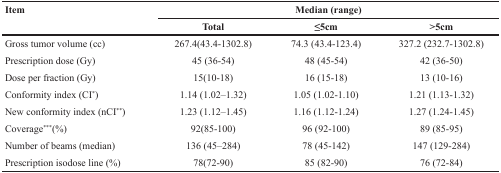
| Item | <COLSPAN=3> Median (range) |
 |  | Total | ≤5cm | >5cm |
 | --- | --- | --- | --- |
 | Gross tumor volume (cc) | 267.4(43.4-1302.8) | 74.3 (43.4-123.4) | 327.2 (232.7-1302.8) |
 | Prescription dose (Gy) | 45 (36-54) | 48 (45-54) | 42 (36-50) |
 | Dose per fraction (Gy) | 15(10-18) | 16 (15-18) | 13 (10-16) |
 | Conformity index (CI*) | 1.14 (1.02–1.32) | 1.05 (1.02-1.10) | 1.21 (1.13-1.32) |
 | New conformity index (nCI**) | 1.23 (1.12–1.45) | 1.16 (1.12-1.24) | 1.27 (1.24-1.45) |
 | Coverage***(%) | 92(85-100) | 96 (92-100) | 89 (85-95) |
 | Number of beams (median) | 136 (45–284) | 78 (45-142) | 147 (129-284) |
 | Prescription isodose line (%) | 78(72-90) | 85 (82-90) | 76 (72-84) |